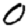
Digit: 0